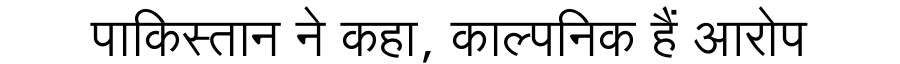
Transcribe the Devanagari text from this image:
पाकिस्तान ने कहा, काल्पनिक हैं आरोप